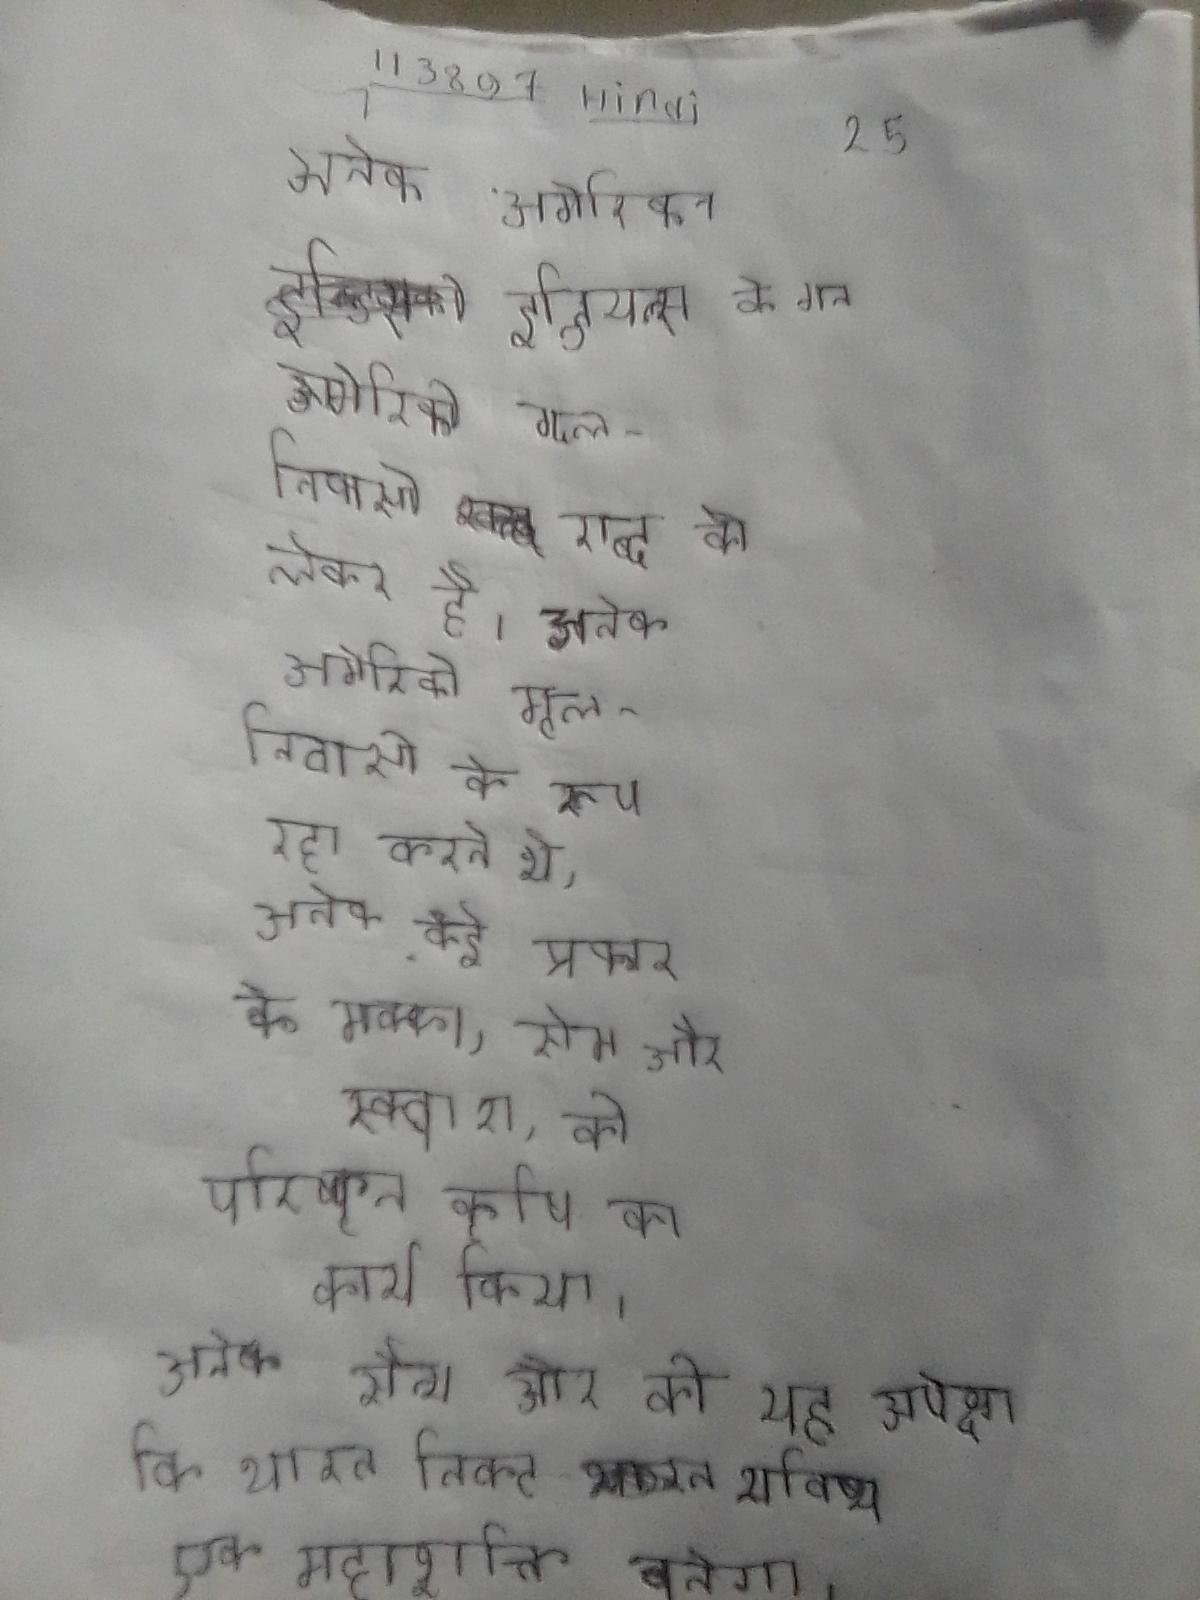
अनेक अमेरिकन इन्डियन्स के मन अमेरिकी मूल-निवासी शब्द को लेकर है । अनेक अमेरिकी मूल-निवासी के रूप रहा करते थे, अनेक कई प्रकार के मक्का, सेम और स्क्वाश, की परिष्कृत कृषि का कार्य किया । अनेक सैन्य और की यह अपेक्षा कि भारत निकट भविष्य एक महाशक्ति बनेगा ।